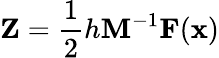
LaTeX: \mathbf{Z}=\frac 12h\mathbf{M}^{-1}\mathbf{F}(\mathbf{x})